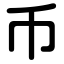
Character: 币